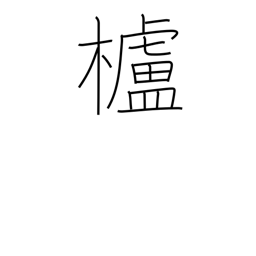
Meaning: wax tree